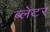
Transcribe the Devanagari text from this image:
ब्लेटर